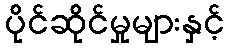
ပိုင်ဆိုင်မှုများနှင့်